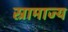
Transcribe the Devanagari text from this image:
स्रामाज्य